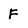
Character: F